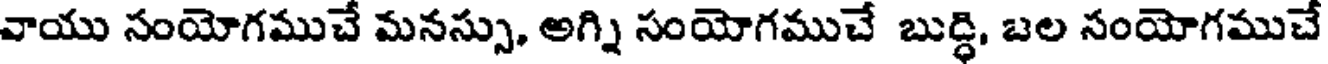
వాయు సంయోగముచే మనస్సు, అగ్ని సంయోగముచే బుద్ధి, బల నంయోగముచే